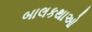
બાલકથાઓ